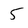
Character: 5